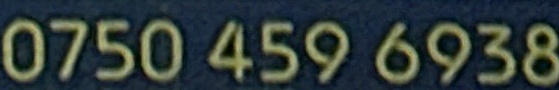
0750 459 6938